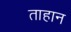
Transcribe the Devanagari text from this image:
ताहान